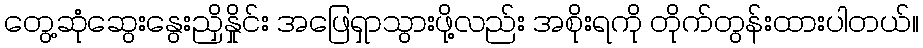
တွေ့ဆုံဆွေးနွေးညှိနှိုင်း အဖြေရှာသွားဖို့လည်း အစိုးရကို တိုက်တွန်းထားပါတယ်။